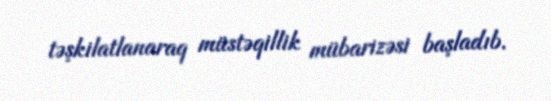
təşkilatlanaraq müstəqillik mübarizəsi başladıb.